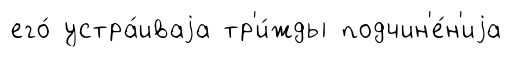
его́ устра́иваjа тр'и́жды подчин'е́н'иjа